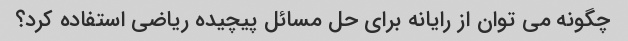
چگونه می توان از رایانه برای حل مسائل پیچیده ریاضی استفاده کرد؟